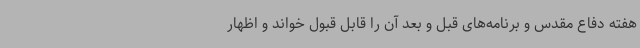
هفته دفاع مقدس و برنامه‌های قبل و بعد آن را قابل قبول خواند و اظهار